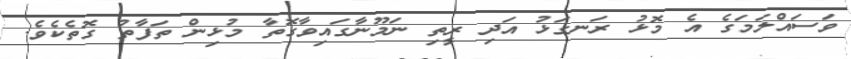
ވަސައްލަމަގެ އެ މޮޅު ރަނގަޅު އަދި ރީތި ނަމޫނާގައިވާގޮތާ މުޅިން ތަފާތު ގޮތެކެވެ.